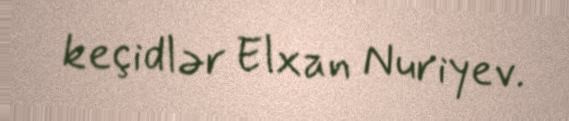
keçidlər Elxan Nuriyev.